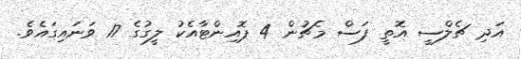
އަދި ޗެލްސީ އޮތީ ފަސް މެޗުން 4 ޕޮއިންޓާއެކު ލީގުގެ 17 ވަނައިގައެވެ.